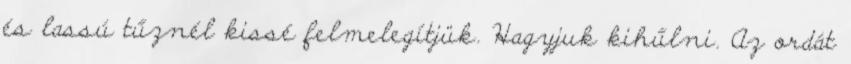
és lassú tűznél kissé felmelegítjük. Hagyjuk kihűlni. Az ordát